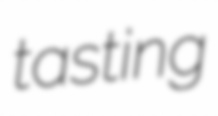
tasting